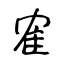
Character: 隺